Juri_Uluots, lk 42
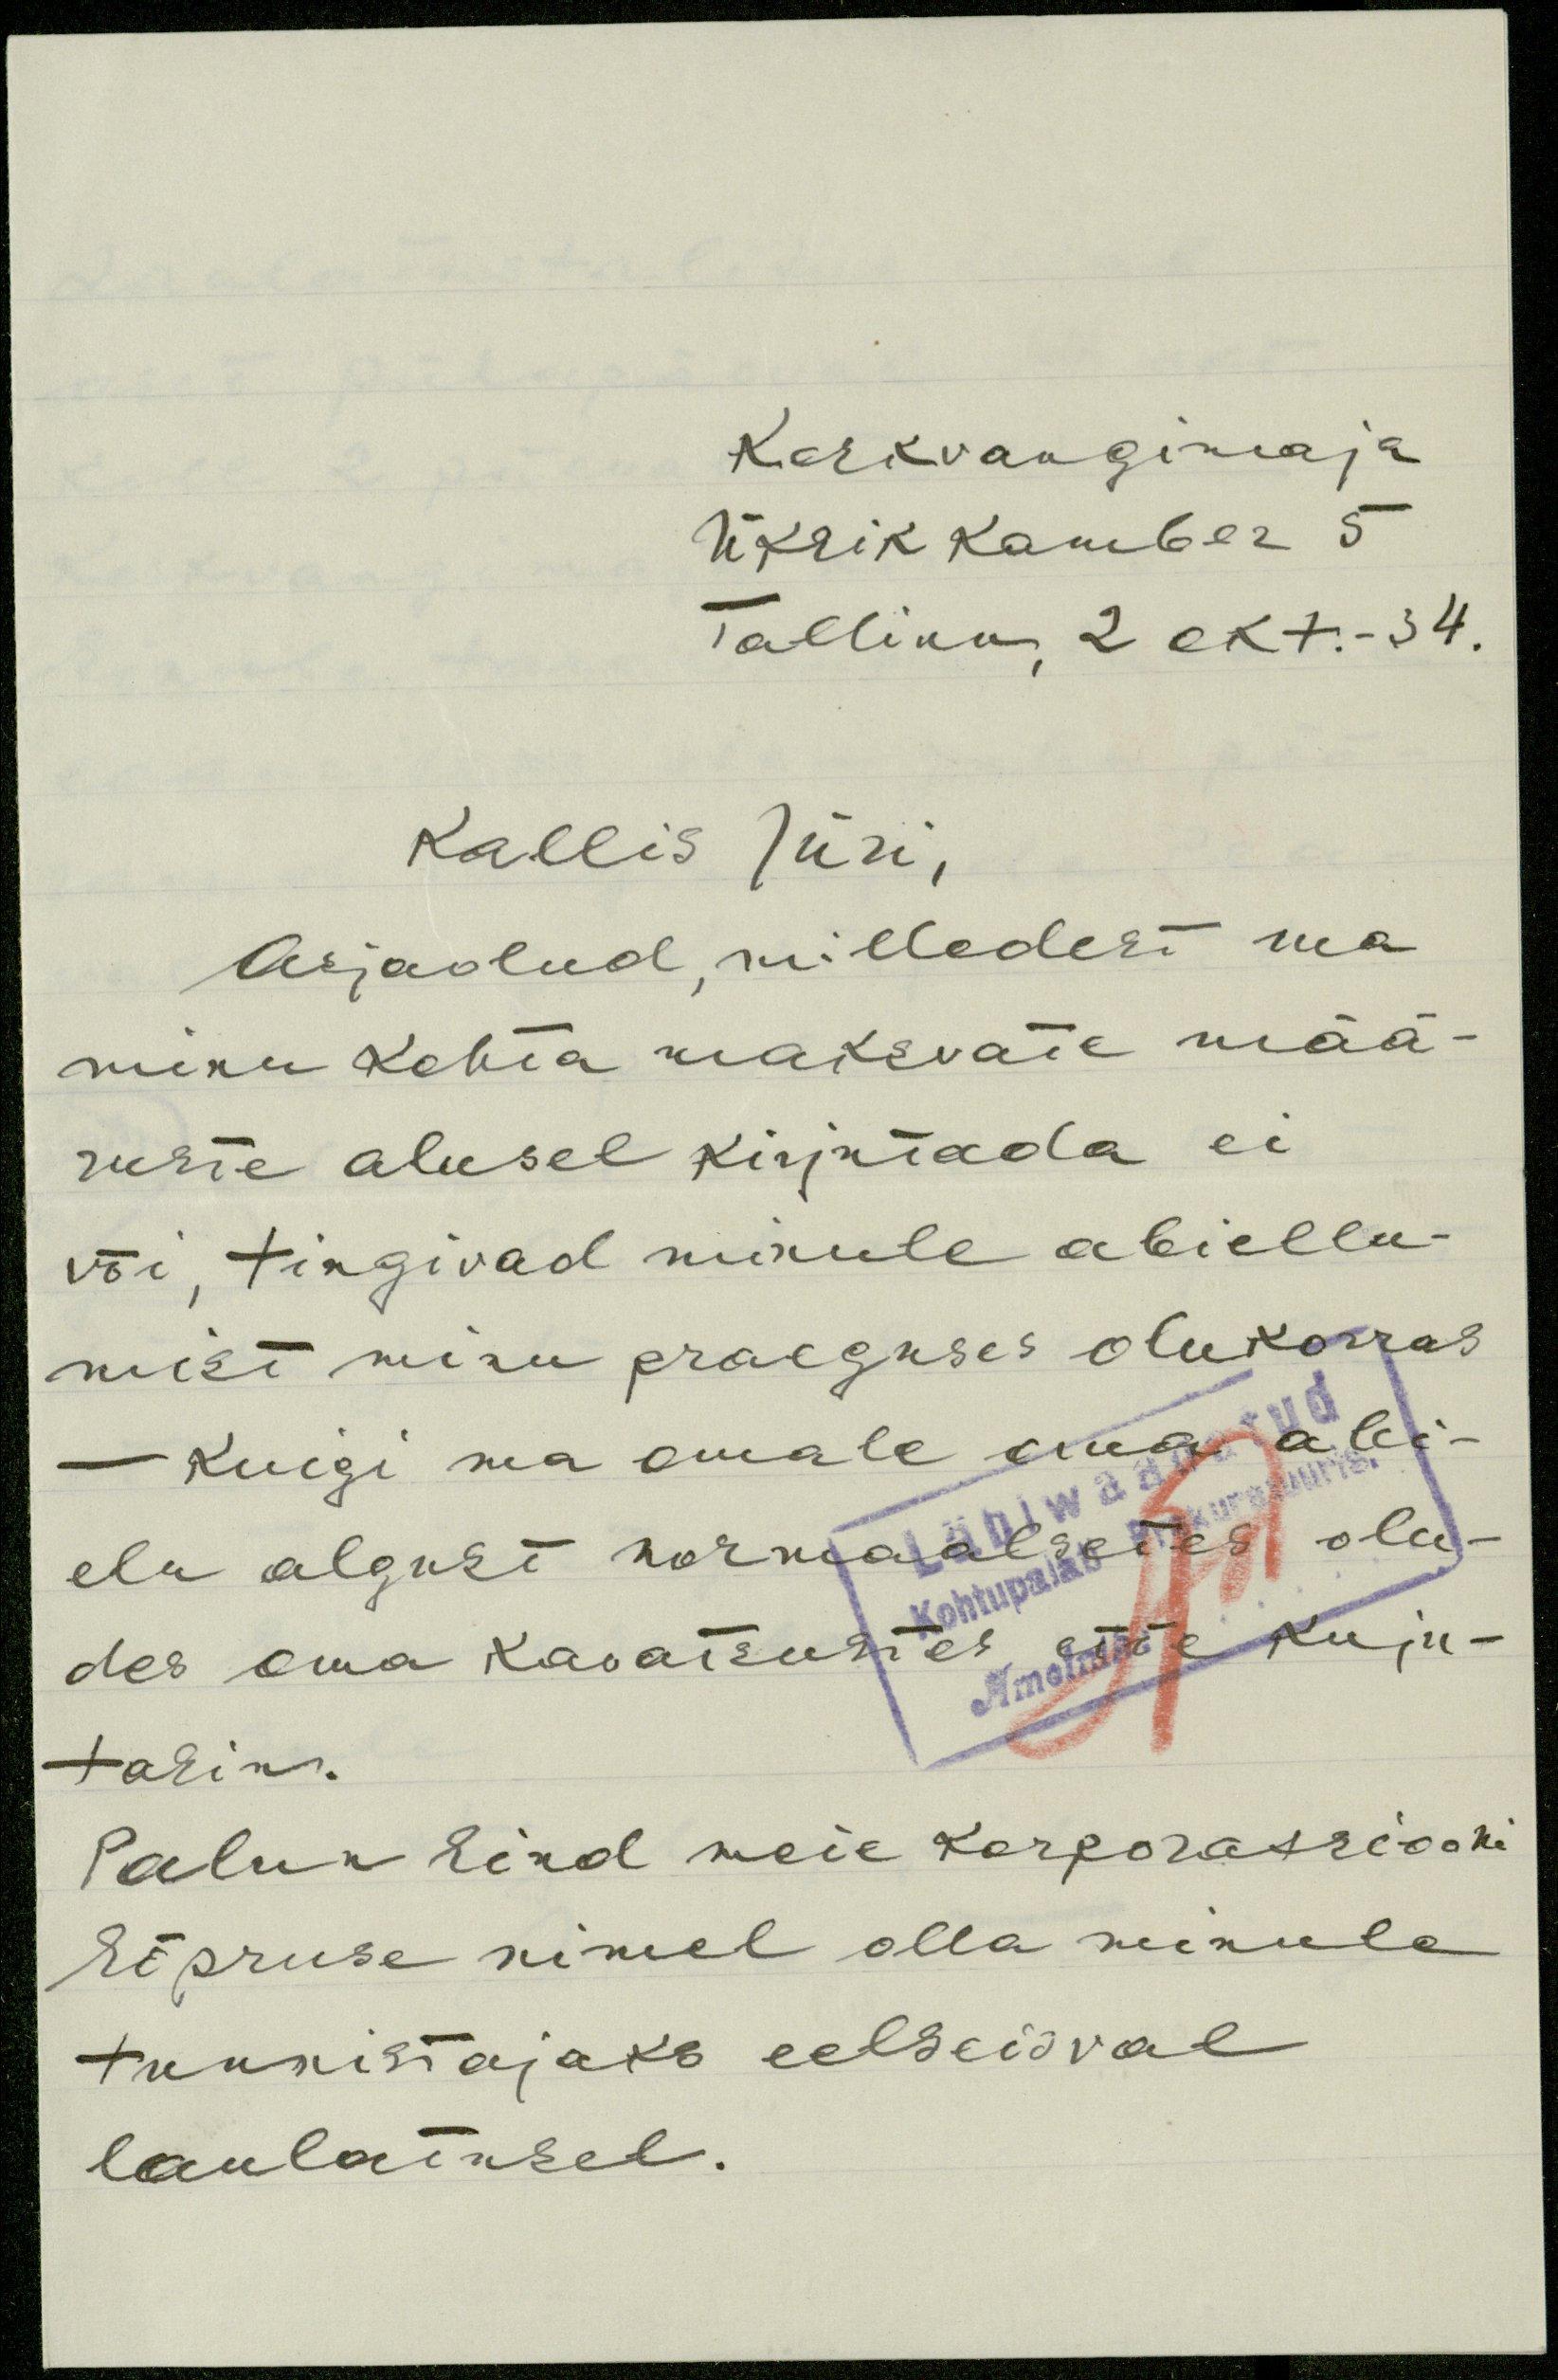
Keskvangimaja
Üksikkamber 5
Tallinn, 2 okt.-34.
Kallis Jüri,
Asjaolud, milledest ma
minu kohta maksvate mää-
ruste alusel kirjutada ei
või, tingivad minule abiellu-
mist minu praeguses olukorras
- Kuigi ma omale oma abi-
elu algust normaalsetes olu-
des oma kavatsustes ette kuju-
tasin.
Palun Sind meie korporatsiooni
Sõpruse nimel olla minule
tunnistajaks eelseisval
laulatusel.